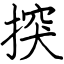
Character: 揬